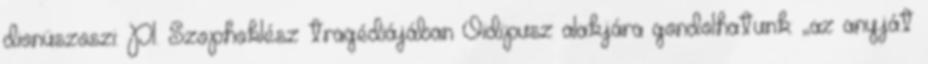
dionüszoszi: Pl. Szophoklész tragédiájában Oidipusz alakjára gondolhatunk: „az anyját